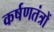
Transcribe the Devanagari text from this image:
कर्षणतंत्रों